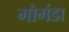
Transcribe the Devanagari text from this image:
गोगंडा